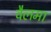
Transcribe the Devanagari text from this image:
वैलमा